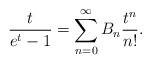
LaTeX: \begin{align*} \frac{t}{e^t - 1} = \sum\limits_{n=0}^\infty B_n \frac{t^n}{n!}.\end{align*}